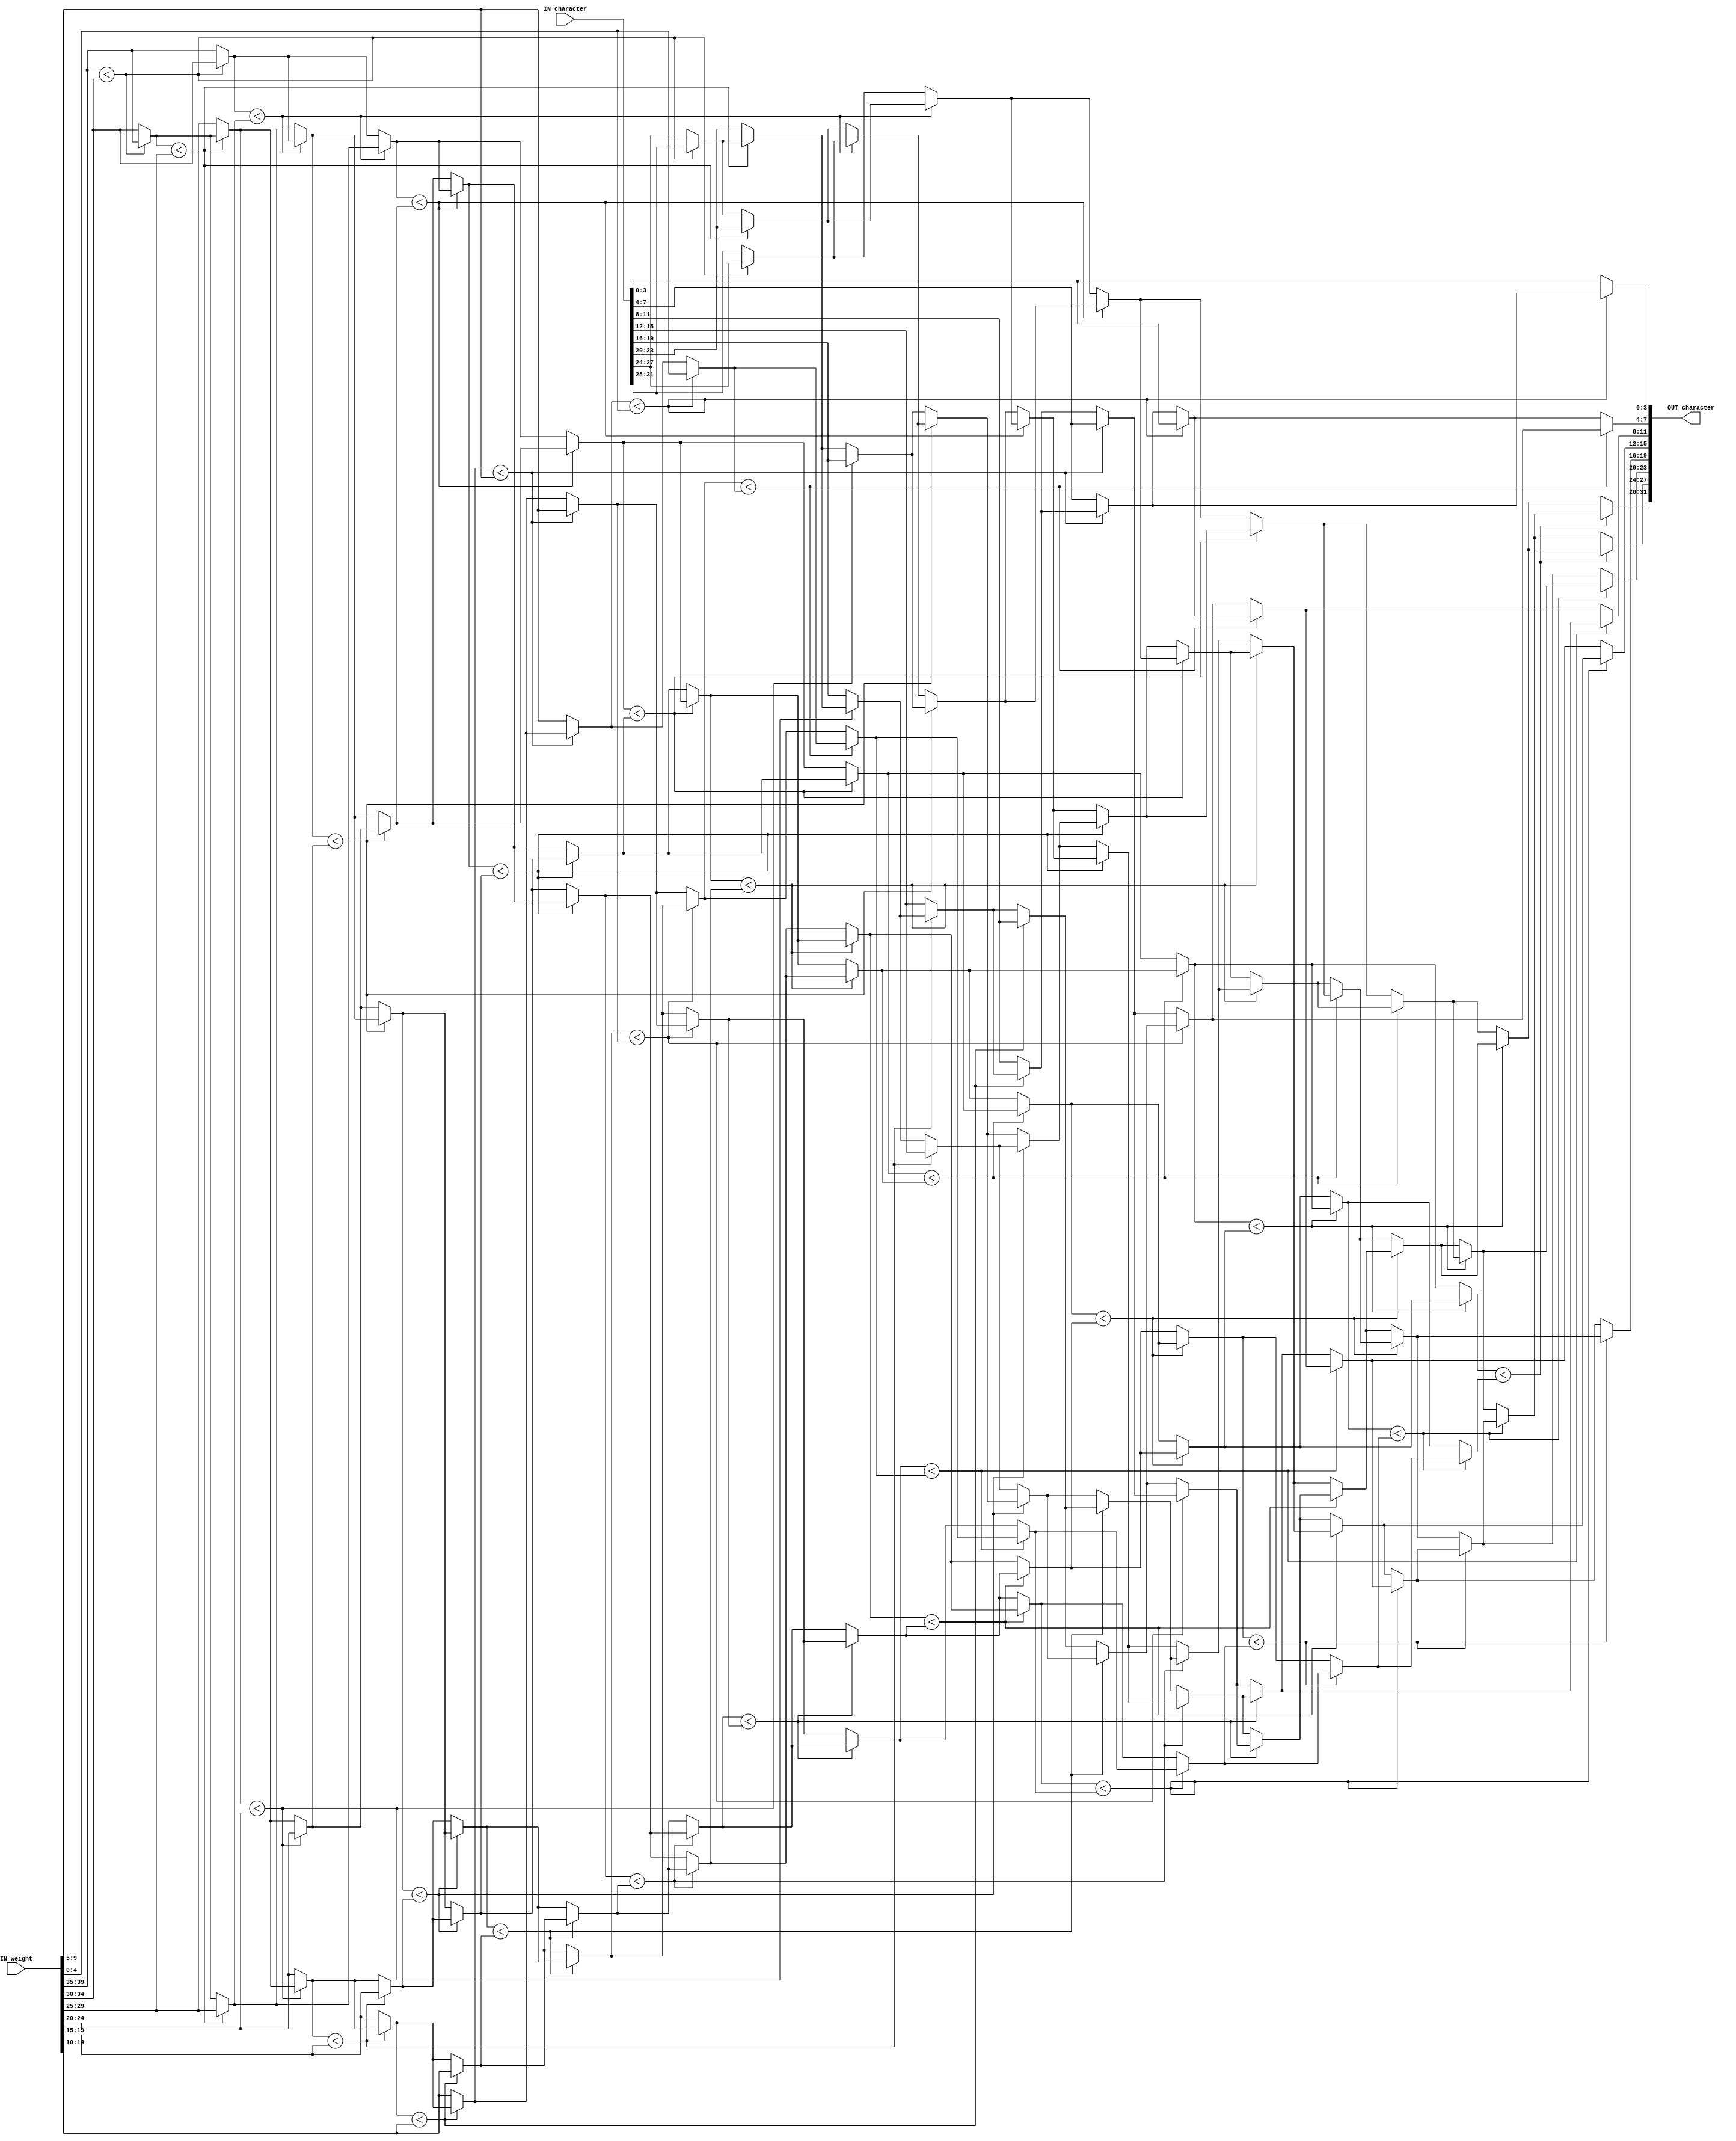
module SORT_IP #(parameter IP_WIDTH = 8) (
           // Input signals
           IN_character, IN_weight,
           // Output signals
           OUT_character
       );

input [IP_WIDTH*4-1:0]  IN_character;  // each character 4 bits
input [IP_WIDTH*5-1:0]  IN_weight;     // each weight 5 bits

output  [IP_WIDTH*4-1:0] OUT_character; // each character 4 bits


reg [4:0] w_temp;
reg [4:0] c_temp;

wire [3:0]  character_temp [IP_WIDTH - 1 : 0 ];  // each character 4 bits
wire [4:0]  weight_temp    [IP_WIDTH - 1 : 0 ];  // each weight 5 bits

reg [3:0]  character [IP_WIDTH - 1 : 0 ];  // each character 4 bits
reg [4:0]  weight    [IP_WIDTH - 1 : 0 ];  // each weight 5 bits

genvar  gen_i;
generate
    for( gen_i = 0 ; gen_i < IP_WIDTH ; gen_i =  gen_i + 1) begin
        assign weight_temp[gen_i] =    IN_weight[ (gen_i*5) + 4 : (gen_i * 5)];
        assign character_temp[gen_i] = IN_character[ (gen_i*4) + 3 : (gen_i * 4)];
    end
endgenerate

integer  i , j ;
always@(*) begin
    for( i = 0 ; i < IP_WIDTH ; i =  i + 1) begin
        weight[i] =  weight_temp[i];
        character[i] = character_temp[i];
    end

    // bouble sort
    for( i = 0 ; i < IP_WIDTH ; i =  i + 1) begin
        for( j = IP_WIDTH - 1 ; j > i  ; j =  j - 1) begin
            if(weight[j] < weight[j - 1]) begin

                c_temp = character[j];
                character[j] = character[j - 1];
                character[j - 1] =  c_temp ;

                w_temp = weight[j];
                weight[j] = weight[j - 1];
                weight[j - 1] =  w_temp ;
            end
        end
    end
end

generate
    for( gen_i = 0 ; gen_i < IP_WIDTH ; gen_i =  gen_i + 1) begin
        assign OUT_character[(gen_i*4) + 3: (gen_i*4)] =  character[gen_i];
    end
endgenerate

endmodule